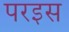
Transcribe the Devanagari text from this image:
परइस